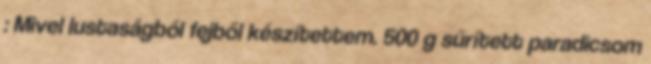
: Mivel lustaságból fejből készítettem. 500 g sűrített paradicsom